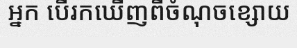
អ្នក បើរកឃើញពីចំណុចខ្សោយ